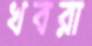
খবরা